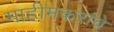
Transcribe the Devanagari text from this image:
माहीमकरांचे